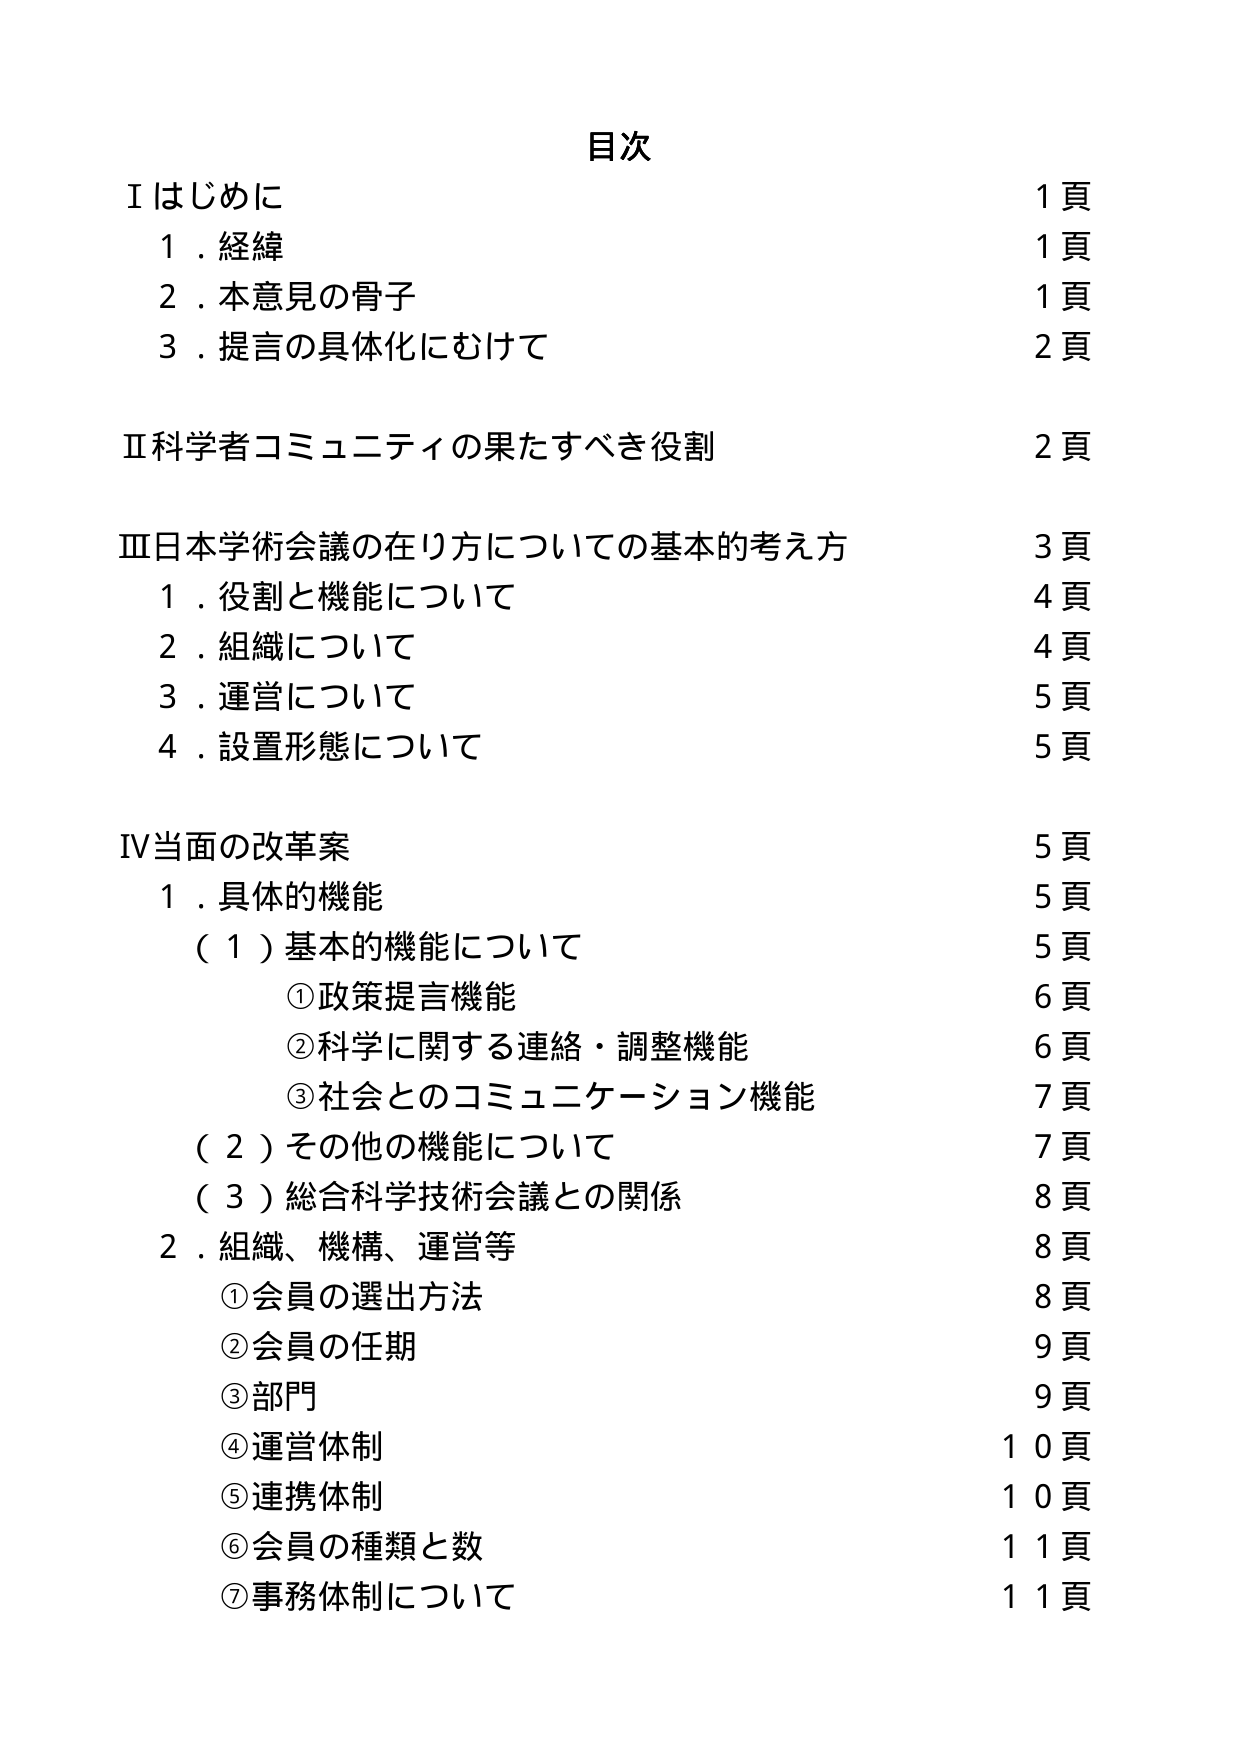
目次

Ⅰはじめに 1頁
　1．経緯 1頁
　2．本意見の骨子 1頁
　3．提言の具体化にむけて 2頁

Ⅱ科学者コミュニティの果たすべき役割 2頁

Ⅲ日本学術会議の在り方についての基本的考え方 3頁
　1．役割と機能について 4頁
　2．組織について 4頁
　3．運営について 5頁
　4．設置形態について 5頁

Ⅳ当面の改革案 5頁
　1．具体的機能 5頁
　　（1）基本的機能について 5頁
　　　①政策提言機能 6頁
　　　②科学に関する連絡・調整機能 6頁
　　　③社会とのコミュニケーション機能 7頁
　　（2）その他の機能について 7頁
　　（3）総合科学技術会議との関係 8頁
　2．組織、機構、運営等 8頁
　　　①会員の選出方法 8頁
　　　②会員の任期 9頁
　　　③部門 9頁
　　　④運営体制 10頁
　　　⑤連携体制 10頁
　　　⑥会員の種類と数 11頁
　　　⑦事務体制について 11頁